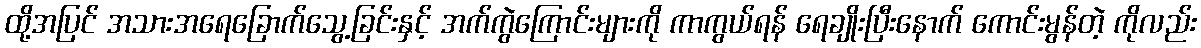
ထို့အပြင် အသားအရေခြောက်သွေ့ခြင်းနှင့် အက်ကွဲကြောင်းများကို ကာကွယ်ရန် ရေချိုးပြီးနောက် ကောင်းမွန်တဲ့ ကိုလည်း